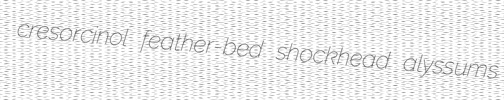
cresorcinol feather-bed shockhead alyssums